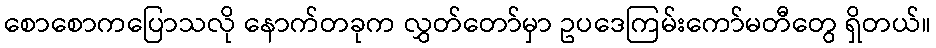
စောစောကပြောသလို နောက်တခုက လွှတ်တော်မှာ ဥပဒေကြမ်းကော်မတီတွေ ရှိတယ်။